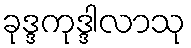
ခုဒ္ဒကုဒ္ဒါလာသု